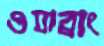
ওযাব্রাং